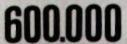
600.000